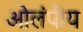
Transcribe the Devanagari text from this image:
ओलंपीय